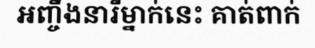
អញ្ចឹងនារីម្នាក់នេះ គាត់ពាក់